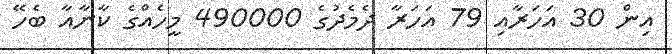
އިން 30 އަހަރާއި 79 އަހަރާ ދެމެދުގެ 490000 މީހެއްގެ ކާނާއާ ބެހޭ